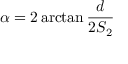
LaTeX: \alpha = 2 \arctan { \frac { d } { 2 S _ { 2 } } }